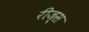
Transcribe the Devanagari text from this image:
रीज्स